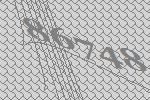
86748